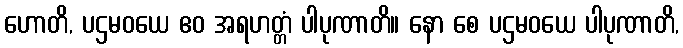
ဟောတိ, ပဌမဝယေ ဧဝ အရဟတ္တံ ပါပုဏာတိ။ နော စေ ပဌမဝယေ ပါပုဏာတိ,